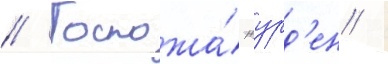
// Госпожа́ журд'ен /